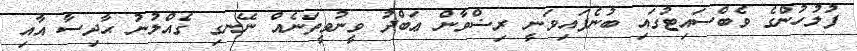
ފުލުހުންގެ ވެބްސައިޓުގައި ބުނެފައިވަނީ ރިޟްވާން ޢަބްދު ވީނުވީތަނެއް ނޭނގި ގެއްލުނު ޙާދިސާ އާއި